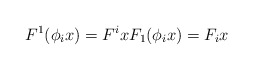
\begin{align*}F^1(\phi_i x) = F^i x F_1(\phi_i x) = F_i x\end{align*}